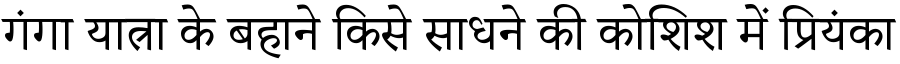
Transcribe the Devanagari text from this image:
गंगा यात्रा के बहाने किसे साधने की कोशिश में प्रियंका